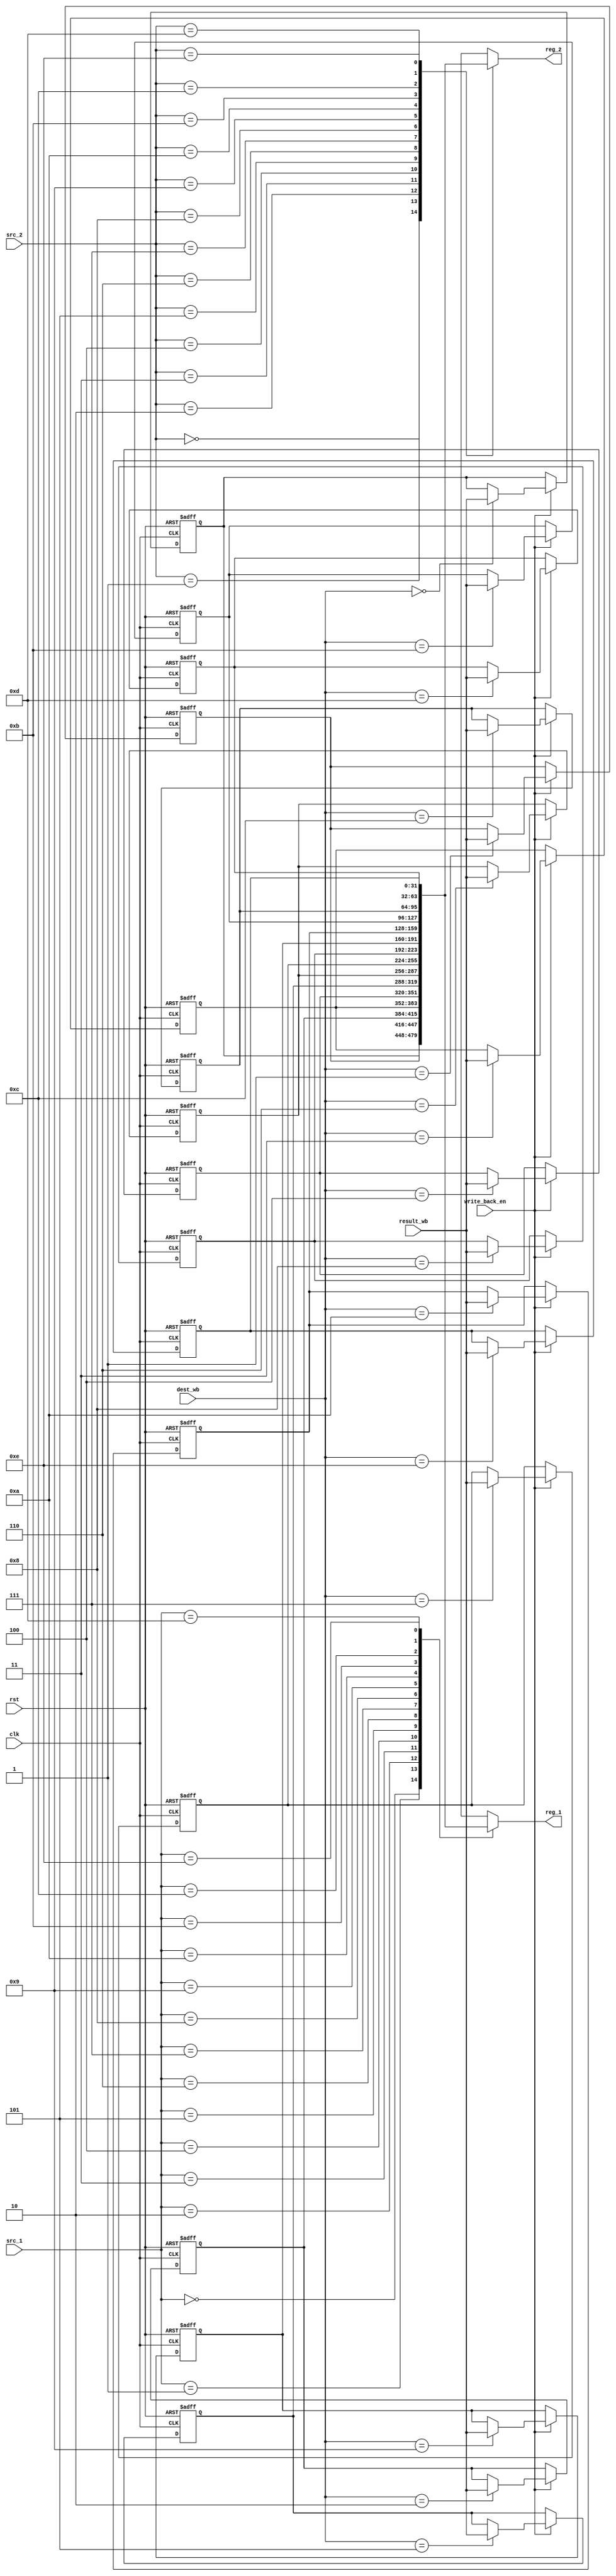
module RegisterFile (input clk, rst, input [3:0]src_1, src_2, dest_wb, input [31:0]result_wb,
  input write_back_en, output [31:0]reg_1, reg_2);
  
  reg [31:0] registers [0:14];
  assign reg_1 = registers[src_1];
  assign reg_2 = registers[src_2];
  
  integer i;
  always @ (negedge clk, posedge rst) begin
    if (rst) for (i = 0; i < 15; i=i+1) registers[i] <= i;
    else if (write_back_en) registers[dest_wb] <= result_wb;
  end
  
  initial begin
	registers[0] = 0;
	registers[1] = 1;
	registers[2] = 2;
	registers[3] = 3;
	registers[4] = 4;
	registers[5] = 5;
	registers[6] = 6;
	registers[7] = 7;
	registers[8] = 8;
	registers[9] = 9;
	registers[10] = 10;
	registers[11] = 11;
	registers[12] = 12;
	registers[13] = 13;
	registers[14] = 14;
  end
  
endmodule